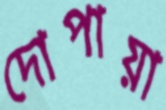
দোপায়া